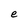
Character: e